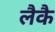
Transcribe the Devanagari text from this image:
लैकै